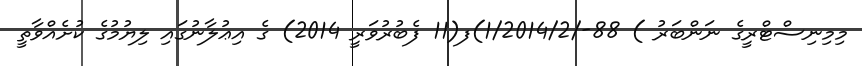
މިމިނިސްޓްރީގެ ނަންބަރު ) 88-/1/2014/2)ފ(11 ފެބުރުވަރީ 2014) ގެ އިޢުލާނުގައި ލިޔުމުގެ ކުށެއްވާތީ